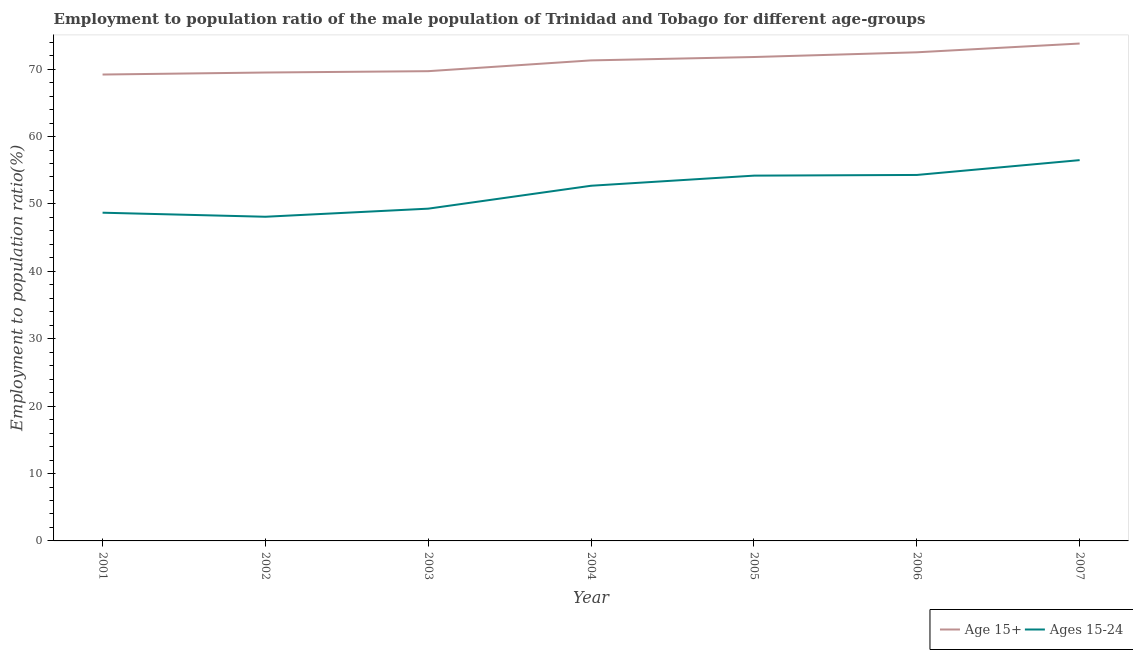
| Year | Age 15+ | Ages 15-24 |
 | --- | --- | --- |
 | 2001 | 69.2 | 48.7 |
 | 2002 | 69.5 | 48.1 |
 | 2003 | 69.7 | 49.3 |
 | 2004 | 71.3 | 52.7 |
 | 2005 | 71.8 | 54.2 |
 | 2006 | 72.5 | 54.3 |
 | 2007 | 73.8 | 56.5 |